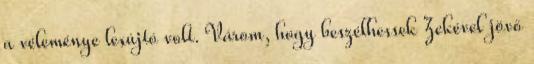
a véleménye lesújtó volt. Várom, hogy beszélhessek Zekével jövő